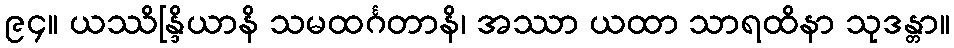
၉၄။ ယဿိန္ဒြိယာနိ သမထင်္ဂတာနိ၊ အဿာ ယထာ သာရထိနာ သုဒန္တာ။